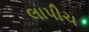
લાપીચ